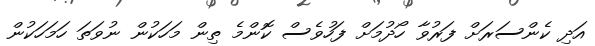
އަދި ކެންސަރަށް ފަރުވާ ހޯދުމަށް ފަހުވެސް ކޮންމެ ތިން މަހަކުން ނުވަތަ ހަމަހަކުން